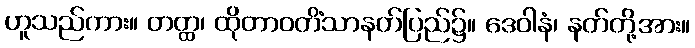
ဟူသည်ကား။ တတ္ထ၊ ထိုတာဝတိံသာနတ်ပြည်၌။ ဒေဝါနံ၊ နတ်တို့အား။